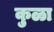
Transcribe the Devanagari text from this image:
कुळा